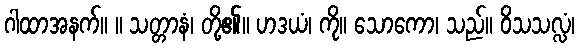
ဂါထာအနက်။ ။ သတ္တာနံ၊ တို့၏။ ဟဒယံ၊ ကို။ သောကော၊ သည်။ ဝိသသလ္လံ၊